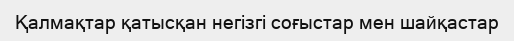
Қалмақтар қатысқан негізгі соғыстар мен шайқастар